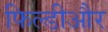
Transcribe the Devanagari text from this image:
फिल्डीऔर